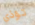
تؤذي